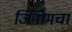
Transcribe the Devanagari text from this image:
जिनोमचा